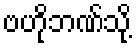
ဗဟိုဘဏ်သို့